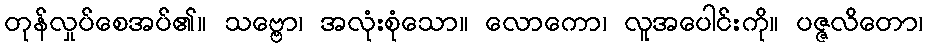
တုန်လှုပ်စေအပ်၏။ သဗ္ဗော၊ အလုံးစုံသော။ လောကော၊ လူအပေါင်းကို။ ပဇ္ဇလိတော၊